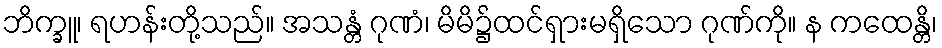
ဘိက္ခူ၊ ရဟန်းတို့သည်။ အသန္တံ ဂုဏံ၊ မိမိ၌ထင်ရှားမရှိသော ဂုဏ်ကို။ န ကထေန္တိ၊